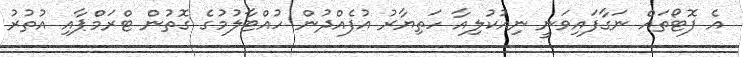
އެ ފޮޓޯތައް ނަގާފައިވަނީ ނިއުކުލިއާ ހަތިޔާރު އުފެއްދުން ހުއްޓާލުމުގެ ގޮތުން ޓްރަމްޕާއި އުތުރު